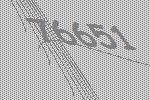
76651